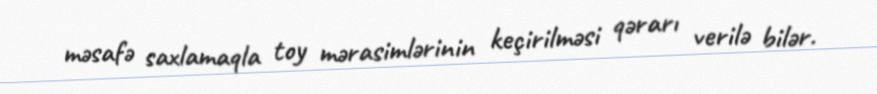
məsafə saxlamaqla toy mərasimlərinin keçirilməsi qərarı verilə bilər.